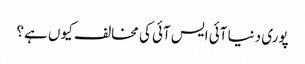
پوری دنیا آئی ایس آئی کی مخالف کیوں ہے؟